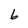
Character: 6